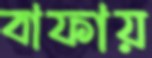
বাফায়